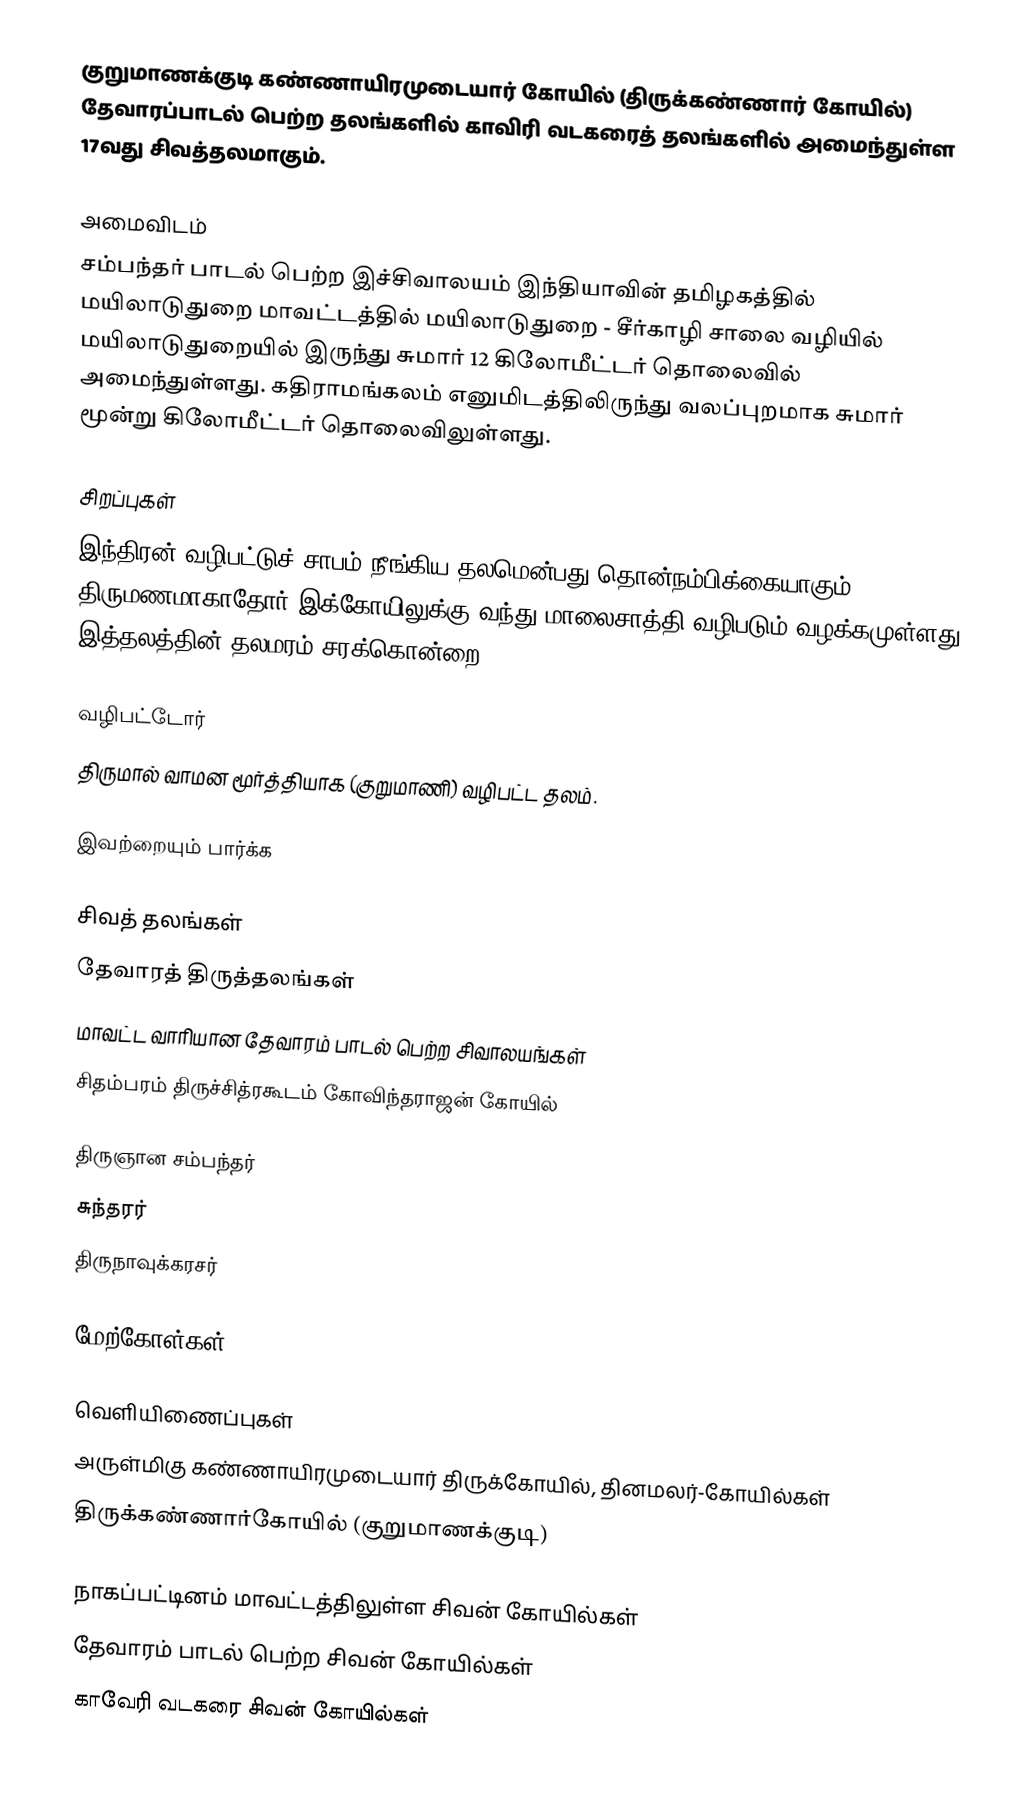
குறுமாணக்குடி கண்ணாயிரமுடையார் கோயில் (திருக்கண்ணார் கோயில்) தேவாரப்பாடல் பெற்ற தலங்களில் காவிரி வடகரைத் தலங்களில் அமைந்துள்ள 17வது சிவத்தலமாகும்.

அமைவிடம்
சம்பந்தர் பாடல் பெற்ற இச்சிவாலயம் இந்தியாவின் தமிழகத்தில் மயிலாடுதுறை மாவட்டத்தில்  மயிலாடுதுறை - சீர்காழி சாலை வழியில் மயிலாடுதுறையில் இருந்து சுமார் 12 கிலோமீட்டர் தொலைவில் அமைந்துள்ளது. கதிராமங்கலம் எனுமிடத்திலிருந்து வலப்புறமாக சுமார் மூன்று கிலோமீட்டர் தொலைவிலுள்ளது.

சிறப்புகள்
இந்திரன் வழிபட்டுச் சாபம் நீங்கிய தலமென்பது தொன்நம்பிக்கையாகும். திருமணமாகாதோர் இக்கோயிலுக்கு வந்து மாலைசாத்தி வழிபடும் வழக்கமுள்ளது. இத்தலத்தின் தலமரம் சரக்கொன்றை.

வழிபட்டோர்
திருமால் வாமன மூர்த்தியாக (குறுமாணி) வழிபட்ட தலம்.

இவற்றையும் பார்க்க

 சிவத் தலங்கள்
 தேவாரத் திருத்தலங்கள்
 மாவட்ட வாரியான தேவாரம் பாடல் பெற்ற சிவாலயங்கள்
 சிதம்பரம் திருச்சித்ரகூடம் கோவிந்தராஜன் கோயில்

 திருஞான சம்பந்தர்
 சுந்தரர்
 திருநாவுக்கரசர்

மேற்கோள்கள்

வெளியிணைப்புகள்
அருள்மிகு கண்ணாயிரமுடையார் திருக்கோயில், தினமலர்-கோயில்கள்
திருக்கண்ணார்கோயில் (குறுமாணக்குடி)

நாகப்பட்டினம் மாவட்டத்திலுள்ள சிவன் கோயில்கள்
தேவாரம் பாடல் பெற்ற சிவன் கோயில்கள்
காவேரி வடகரை சிவன் கோயில்கள்